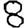
Digit: 8